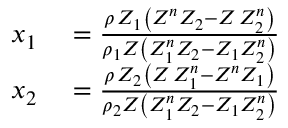
\begin{array} { r l } { x _ { 1 } } & { { } = \frac { \rho \, Z _ { 1 } \left( Z ^ { n } Z _ { 2 } - Z \, Z _ { 2 } ^ { n } \right) } { \rho _ { 1 } Z \left( Z _ { 1 } ^ { n } Z _ { 2 } - Z _ { 1 } Z _ { 2 } ^ { n } \right) } } \\ { x _ { 2 } } & { { } = \frac { \rho \, Z _ { 2 } \left( Z \, Z _ { 1 } ^ { n } - Z ^ { n } Z _ { 1 } \right) } { \rho _ { 2 } Z \left( Z _ { 1 } ^ { n } Z _ { 2 } - Z _ { 1 } Z _ { 2 } ^ { n } \right) } } \end{array}